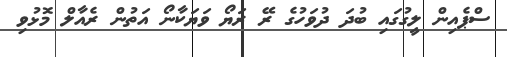
ސްޕެއިން ލީގުގައި ބުދަ ދުވަހުގެ ރޭ ރަޔޯ ވަޔަކާނޯ އަތުން ރެއާލް މޮޅުވި